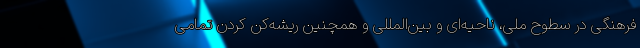
فرهنگی در سطوح ملی، ناحیه‌ای و بین‌المللی و همچنین ریشه‌کن کردن تمامی